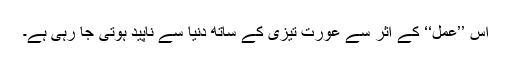
اس ’’عمل‘‘ کے اثر سے عورت تیزی کے ساتھ دنیا سے ناپید ہوتی جا رہی ہے۔